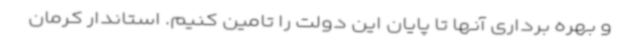
و بهره برداری آنها تا پایان این دولت را تامین کنیم. استاندار کرمان